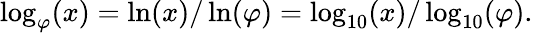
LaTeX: \log_{\varphi}(x)=\ln(x)/\ln(\varphi)=\log_{10}(x)/\log_{10}(\varphi).